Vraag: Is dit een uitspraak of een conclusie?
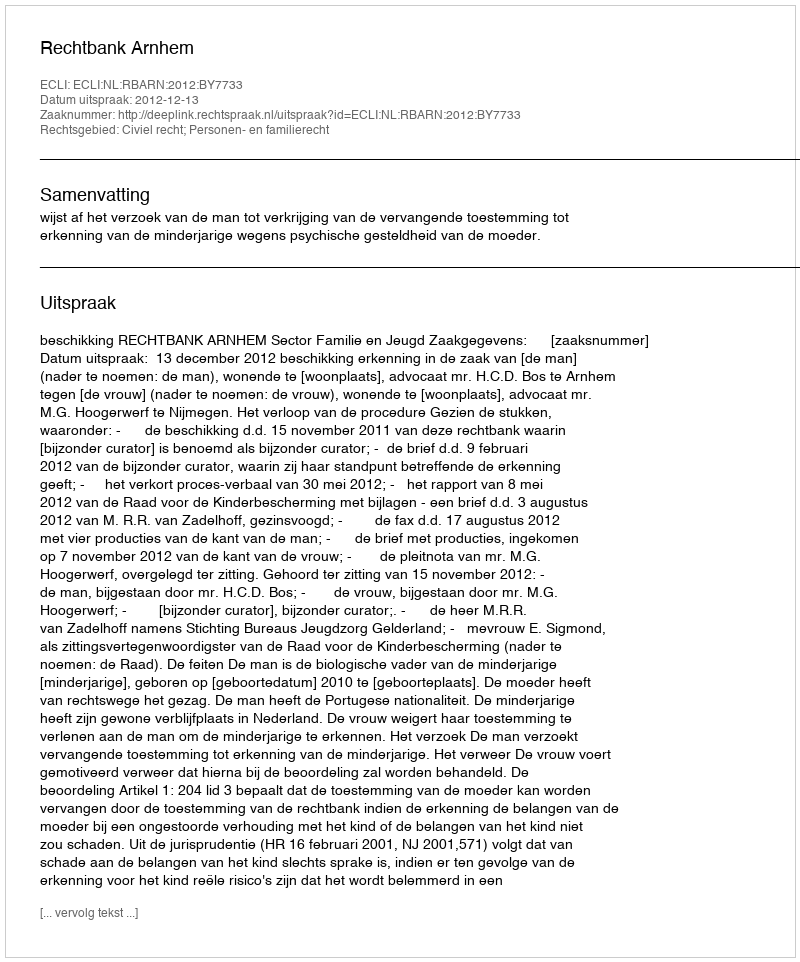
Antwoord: Uitspraak